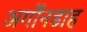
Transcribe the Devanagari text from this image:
अर्गोनडाह